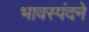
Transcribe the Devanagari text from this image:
भावस्पंदने